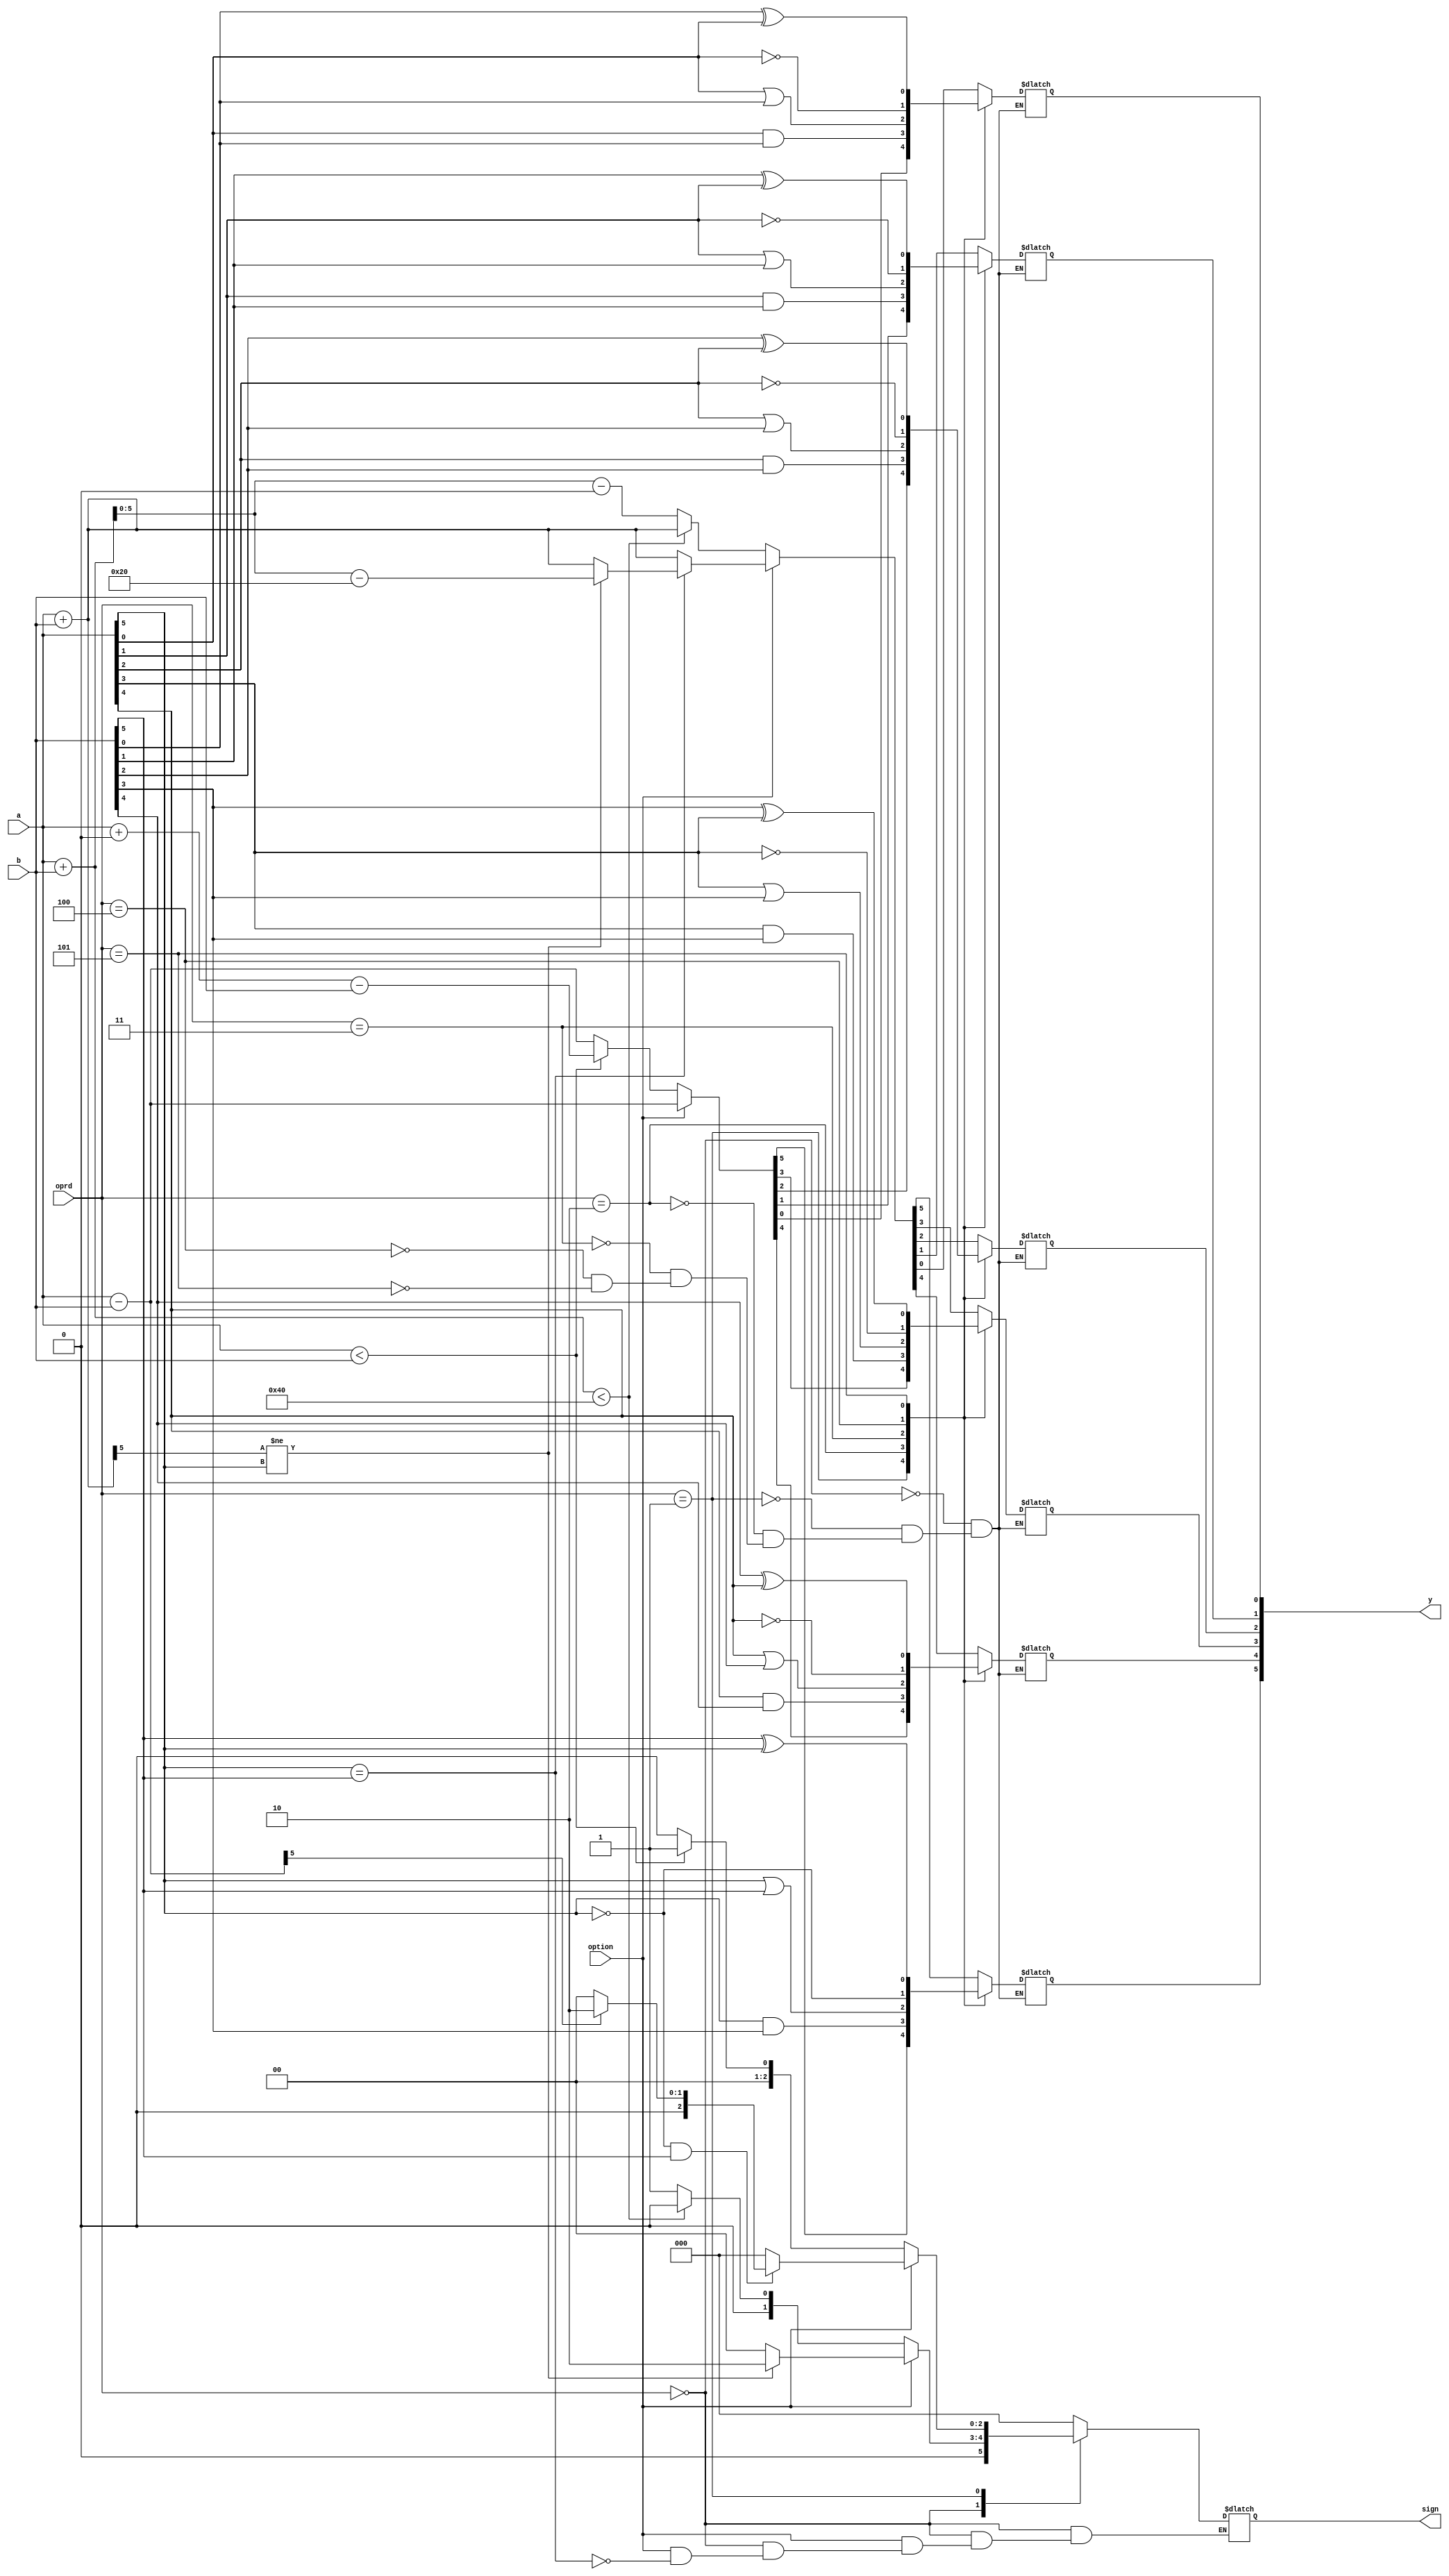
`timescale 1ns / 1ps
//////////////////////////////////////////////////////////////////////////////////
// Company: 
// Engineer: 
// 
// Design Name: 
// Module Name: lab1-1
// Project Name: 
// Target Devices: 
// Tool Versions: 
// Description: 
// 
// Dependencies: 
// 
// Revision:
// Revision 0.01 - File Created
// Additional Comments:
// 
//////////////////////////////////////////////////////////////////////////////////


module ALU(
    input [5:0]a,
    input [5:0]b,
    input [2:0]oprd,
    input option,
    output reg [5:0]y,
    output reg [2:0]sign
    );
    
   //
    always@(*)
    begin
        case(oprd)
        3'b000:begin
            if(option == 0) begin
                if(a+b<64) begin y = a+b;sign = 3'b000;end
                else begin y = a+b-64;sign = 3'b001;end
                            end
            else begin
                if(a[5] == b[5]) begin y = a+b;
                    if(y[5] != a[5]) begin y = a+b-32;sign = 3'b010;end
                    else sign = 3'b000;end
                else begin 
                    y = a+b;
                    end
                end 
        end
        3'b001:begin
            if(option == 0) begin
                if(a<b) begin y = a+64-b;sign = 3'b001;end
                else begin y = a-b;sign = 3'b000;end end
            else begin
                if(a[5] == 1 && b[5] == 0) begin
                    y = a-b;
                    if(y[5] == 0) sign = 3'b010;
                    else sign = 3'b000;
                    end
                 if(a[5] == 0 && b[5] == 1) begin
                    y = a-b;
                    if(y[5] == 1) sign = 3'b010;
                    else sign = 3'b000;end
                 else begin y = a-b;sign = 3'b000;end
              end end
        3'b010:begin y[0] = a[0] && b[0];y[1] = a[1] && b[1];y[2] = a[2] && b[2]; y[3] = a[3] && b[3]; y[4] = a[4] && b[4];y[5] = a[5] && b[3];sign =2'b00;end
        3'b011:begin y[0] = a[0] | b[0]; y[1] = a[1] | b[1];y[2] = a[2] | b[2]; y[3] = a[3] | b[3];y[4] = a[4] | b[4];y[5] = a[5] | b[5];sign = 2'b00;end
        3'b100:begin y[0] = ~a[0];y[1] = ~a[1];y[2] = ~a[2];y[3] = ~a[3];y[4] = ~a[4];y[5] = ~a[5];sign = 2'b00;end
        3'b101:begin y[0] = b[0]^a[0];y[1] =b[1]^a[1];y[2] = b[2]^a[2];y[3] = b[3]^a[3];y[4] = b[4]^a[4];y[5] = b[5]^a[5];sign = 2'b00;end
        default: begin sign = 2'b00;end
        endcase
      end
endmodule